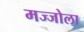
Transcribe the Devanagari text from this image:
मज्जोला